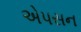
એપસન